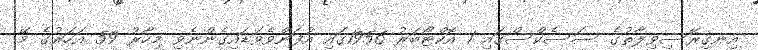
އިނގިރޭސިވިލާތުގެ ސަސެކްސްގައި 1 އޮކްޓޯބަރު 1956ގައި އުފަންވެވަޑައިގެންނެވި މިހާރު 59 އަހަރުގެ މޭ